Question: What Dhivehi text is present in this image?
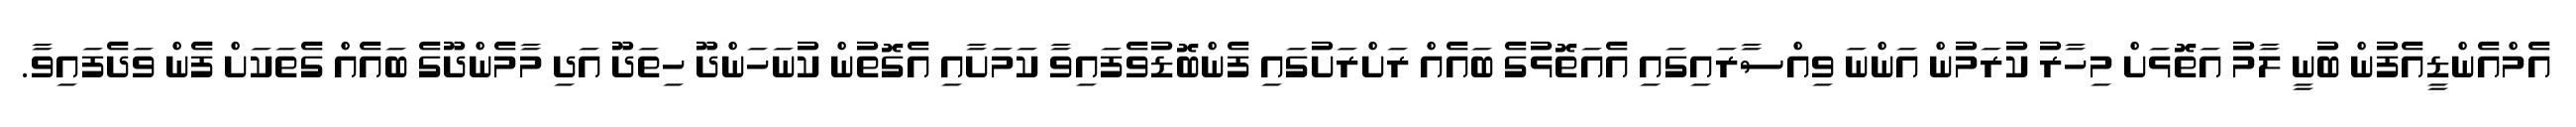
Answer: އެމްއެންޑީއެފުން ބުނީ ލާމު އަތޮޅަށް މިހާރު ކުރަމުން އަންނަ ވިއްސާރައިގައި އެއަތޮޅުގެ ބައެއް ރަށްރަށުގައި ފެންބޮޑުވެފައިވާ ކަމަށާއި އެގޮތުން ކުނަހަންދޫ ހިތަދޫ އަދި މާމެންދޫގެ ބައެއް ގެތަކަށް ފެން ވަދެފައިވާ.